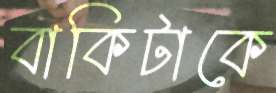
বাকিটাকে